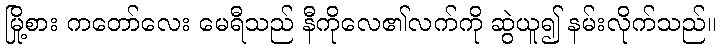
မြို့စား ကတော်လေး မေရီသည် နီကိုလေ၏လက်ကို ဆွဲယူ၍ နမ်းလိုက်သည်။